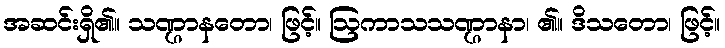
အဆင်းရှိ၏။ သဏ္ဌာနတော၊ ဖြင့်။ ဩကာသသဏ္ဌာနာ၊ ၏။ ဒိသတော၊ ဖြင့်။